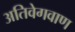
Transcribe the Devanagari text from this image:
अतिवेगवाण